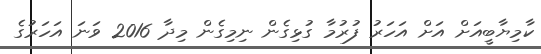
ކާމިޔާބީއަށް އަށް އަހަރު ފުރުމާ ގުޅިގެން ނިމިގެން މިދާ 2016 ވަނަ އަހަރުގެ